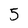
Character: 5